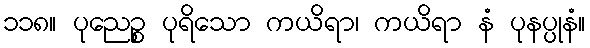
၁၁၈။ ပုညေဉ္စ ပုရိသော ကယိရာ၊ ကယိရာ နံ ပုနပ္ပုနံ။